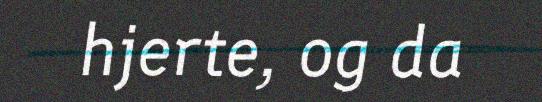
hjerte, og da